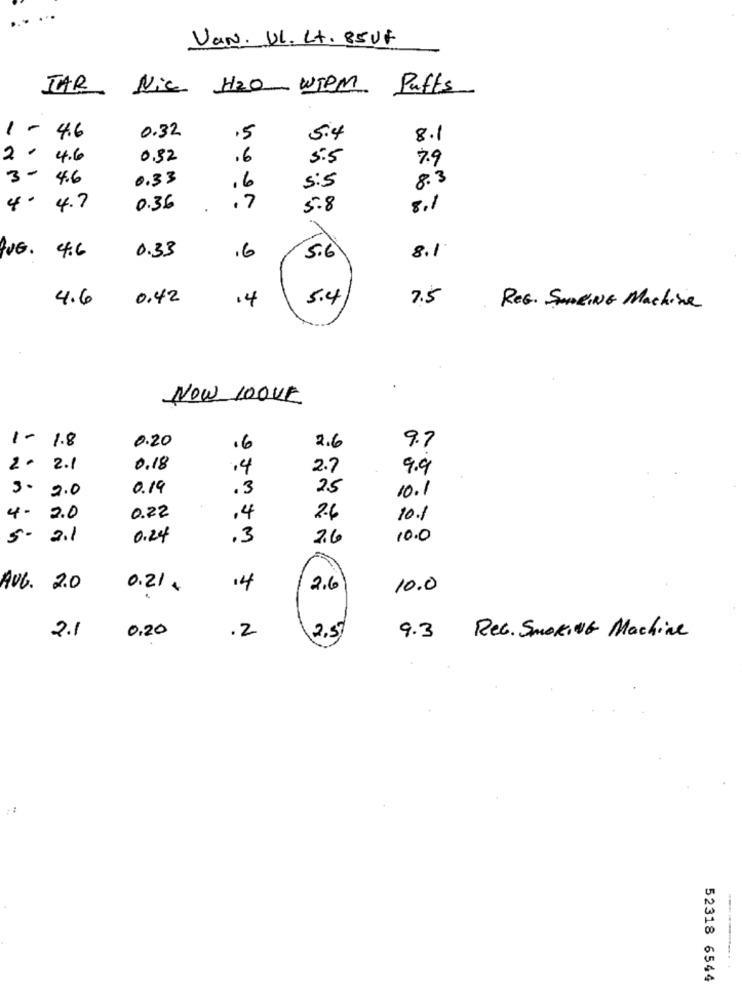
Van. UL. Lt. 85UF
TAR
Nic H2O WIPM
Puffs
1 - 4.6
0.32
5
5.4
8.1
2.
4.6
0.32
.6
5.5
7.9
3-
4.6
0.33
.6
8.3
5:5
4.
4.7
0.36
.7
5.8
8.1
4.6
0.33
.6
5.6
8.1
4.6
0.42
14
5.4
7.5
REG. SOMEING Machine
NOW LOVE
1-
1.8
0.20
.6
2.6
9.7
2. 2.1
0.18
14
2.7
9.9
3.
2.0
0.19
.3
25
10.1
0.22
4-
2.0
,4
2.6
10.1
5.
2.1
0.24
,3
2.6
10.0
AUG. 2.0
0.21€
14
2.6
10.0
2.1
0.20
.2
2,5
9.3
Rec. SMOKING Machine
--
52318 6544